Indian journal of veterinary science and animal husbandry - Volumes 15-17, 1948-1951
Year: 1948
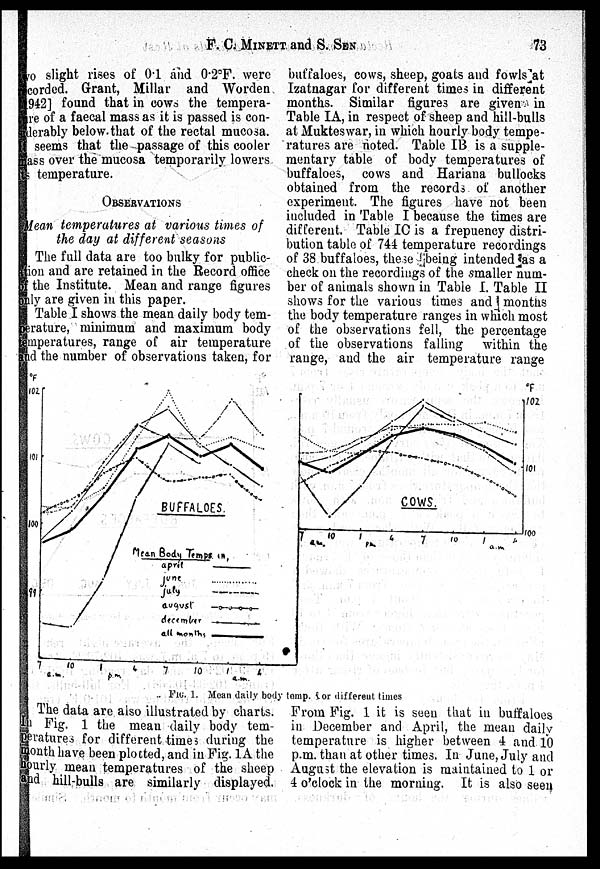
F. C. MINETT and S.
SEN
73
two slight rises of 0.1 and 0.2ºF. were
corded. Grant, Millar and Worden
1942] found that in cows the tempera-
ture of a faecal mass as it is passed is con-
siderably below that of the rectal mucosa.
seems that the passage of this cooler
mass over the mucosa temporarily lowers
its temperature.
OBSERVATIONS
Mean temperatures at various times of
the day at different seasons
The full data are too bulky for public-
ation and are retained in the Record office
of the Institute. Mean and range figures
only are given in this paper.
Table I shows the mean daily body tem-
perature, minimum and maximum body
temperatures, range of air temperature
and the number of observations taken, for
buffaloes, cows, sheep, goats and fowls at
Izatnagar for different times in different
months. Similar figures are given in
Table IA, in respect of sheep and hill-bulls
at Mukteswar, in which hourly body tempe-
ratures are noted. Table IB is a supple-
mentary table of body temperatures of
buffaloes, cows and Hariana bullocks
obtained from the records of another
experiment. The figures have not been
included in Table I because the times are
different. Table IC is a frepuency distri-
bution table of 744 temperature recordings
of 38 buffaloes, these being intended as a
check on the recordings of the smaller num-
ber of animals shown in Table I. Table II
shows for the various times and months
the body temperature ranges in which most
of the observations fell, the percentage
of the observations falling within the
range, and the air temperature range
FIG. 1. Mean daily body temp. for different times
The data are also illustrated by charts.
In Fig. 1 the mean daily body tem-
peratures for different times during the
month have been plotted, and in Fig. 1A the
hourly mean temperatures of the sheep
and hill-bulls are similarly displayed.
From Fig. 1 it is seen that in buffaloes
in December and April, the mean daily
temperature is higher between 4 and 10
p.m. than at other times. In June, July and
August the elevation is maintained to 1 or
4 o'clock in the morning. It is also seen